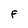
Character: F